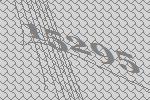
15295